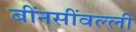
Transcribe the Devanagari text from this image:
बींनसींवल्ली